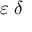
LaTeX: \varepsilon { \mathrm { � } } \delta